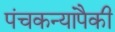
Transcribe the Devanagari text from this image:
पंचकन्यांपैकी